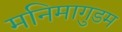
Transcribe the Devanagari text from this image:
मनिमागुडम